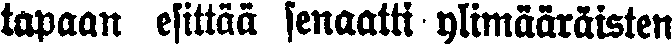
tapaan esittää senaatti ylimääräisten